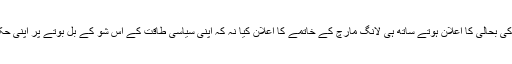
سب سے اہم یہ کہ ججوں کی بحالی کا اعلان ہوتے ساتھ ہی لانگ مارچ کے خاتمے کا اعلان کیا نہ کہ اپنی سیاسی طاقت کے اس شو کے بل بوتے پر اپنی حکومت کی بحالی کا مطالبہ۔